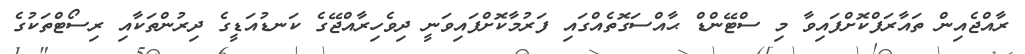
ރާއްޖެއިން ތައާރަފްކޮށްފައިވާ މި ސްޓޭންޑް ޙާއްސަގޮތެއްގައި ފަރުމާކޮށްފައިވަނީ ދިވެހިރާއްޖޭގެ ކަނޑުއަޑީގެ ދިރުންތަކާއި ރިސޯޓްތަކުގެ